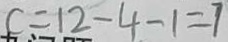
c = 1 2 - 4 - 1 = 7